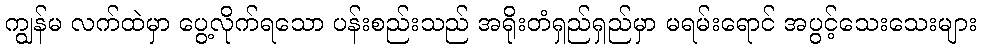
ကျွန်မ လက်ထဲမှာ ပွေ့လိုက်ရသော ပန်းစည်းသည် အရိုးတံရှည်ရှည်မှာ မရမ်းရောင် အပွင့်သေးသေးများ